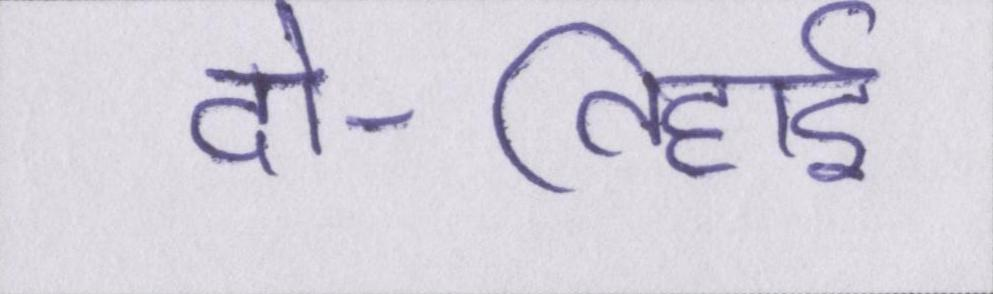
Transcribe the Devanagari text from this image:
दो-तिहाई